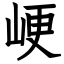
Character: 峺